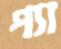
প্যা